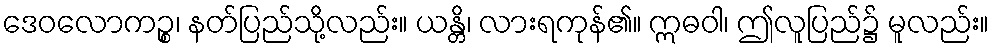
ဒေဝလောကဉ္စ၊ နတ်ပြည်သို့လည်း။ ယန္တိ၊ လားရကုန်၏။ ဣဓဝါ၊ ဤလူပြည်၌ မူလည်း။